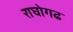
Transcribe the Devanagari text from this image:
राघोगढ